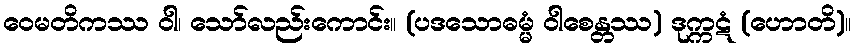
ဝေမတိကဿ ဝါ၊ သော်လည်းကောင်း။ (ပဒသောဓမ္မံ ဝါစေန္တဿ) ဒုက္ကဋံ (ဟောတိ)။